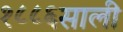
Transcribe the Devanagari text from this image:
१८८६साली